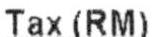
TAX(RM)